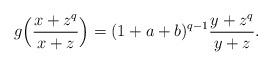
LaTeX: \begin{align*}g\Bigl(\frac{x+z^q}{x+z}\Bigr)=(1+a+b)^{q-1}\frac{y+z^q}{y+z}.\end{align*}